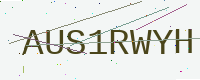
Text: AUS1RWYH